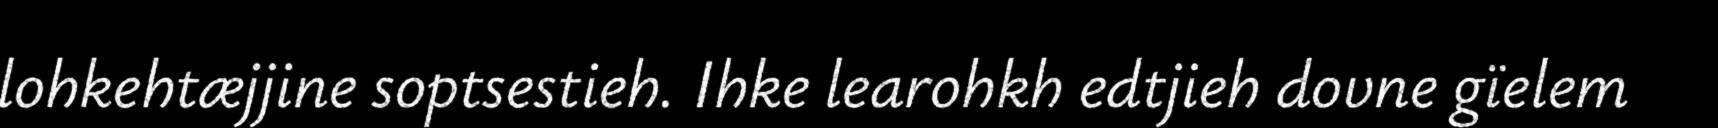
lohkehtæjjine soptsestieh. Ihke learohkh edtjieh dovne gïelem